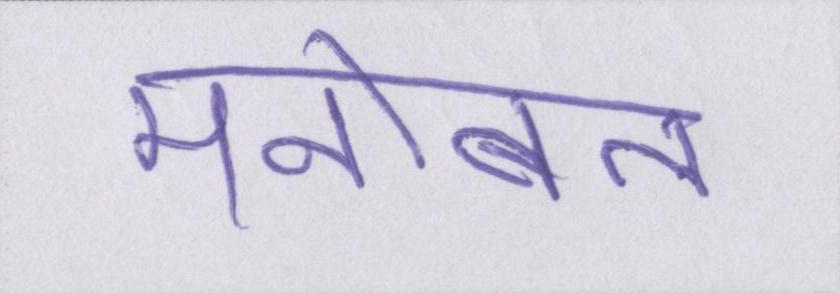
मनोबल